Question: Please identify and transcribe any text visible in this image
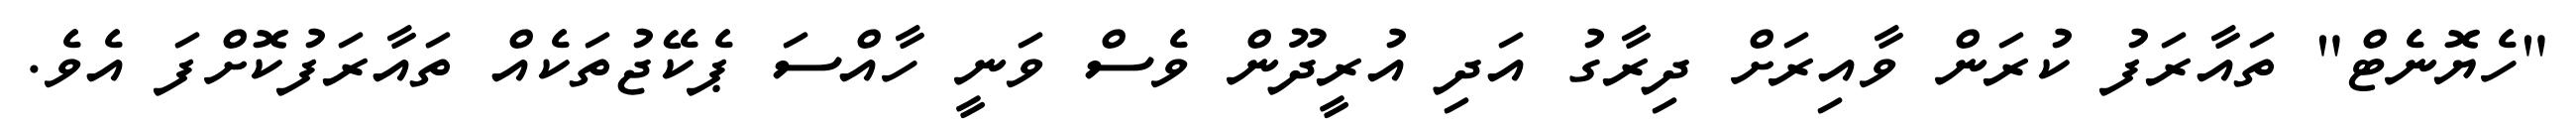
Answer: "ހެޔޮނެޓް" ތައާރަފު ކުރަން ވާއިރަށް ދިރާގު އަދި އުރީދޫން ވެސް ވަނީ ހާއްސަ ޕެކޭޖުތަކެއް ތައާރަފުކޮށްފަ އެވެ.